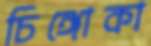
চিঙ্গোকা